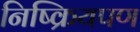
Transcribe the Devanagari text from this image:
निष्क्रियपण